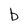
Character: b